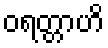
ဝရတ္တာဟိ